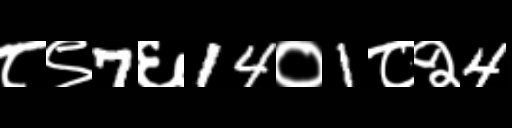
Text: ८९7६14०1८२4